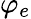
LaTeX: \varphi_{e}